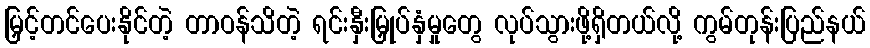
မြှင့်တင်ပေးနိုင်တဲ့ တာဝန်သိတဲ့ ရင်းနှီးမြှုပ်နှံမှုတွေ လုပ်သွားဖို့ရှိတယ်လို့ ကွမ်တုန်းပြည်နယ်